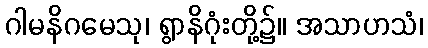
ဂါမနိဂမေသု၊ ရွာနိဂုံးတို့၌။ အသာဟသံ၊